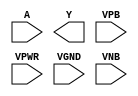
module sky130_fd_sc_hd__clkinv (
    //# {{data|Data Signals}}
    input  A   ,
    output Y   ,

    //# {{power|Power}}
    input  VPB ,
    input  VPWR,
    input  VGND,
    input  VNB
);
endmodule